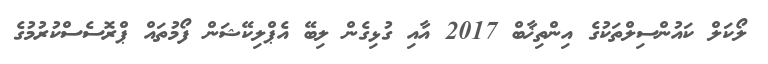
ލޯކަލް ކައުންސިލްތަކުގެ އިންތިޚާބް 2017 އާއި ގުޅިގެން ލިބޭ އެޕްލިކޭޝަން ފޯމުތައް ޕްރޮސެސްކުރުމުގެ